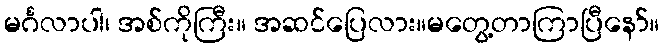
မင်္ဂလာပါ၊ အစ်ကိုကြီး။ အဆင်ပြေလား။မတွေ့တာကြာပြီနော်။